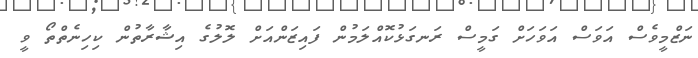
ނަޒްމީވެސް އަވަސް އަވަހަށް ގަމީސް ރަނގަޅުކޮއްލަމުން ފައިޒަންއަށް ލޮލުގެ އިޝާރާތުން ކިހިނެތްތޯ ވީ